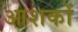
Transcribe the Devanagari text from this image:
आशकों